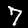
Digit: 7